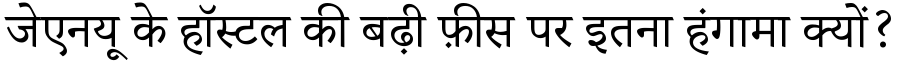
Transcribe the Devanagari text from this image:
जेएनयू के हॉस्टल की बढ़ी फ़ीस पर इतना हंगामा क्यों?